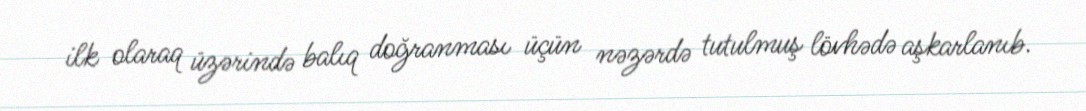
ilk olaraq üzərində balıq doğranması üçün nəzərdə tutulmuş lövhədə aşkarlanıb.